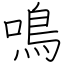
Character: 鳴